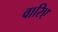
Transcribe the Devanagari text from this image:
वारिए